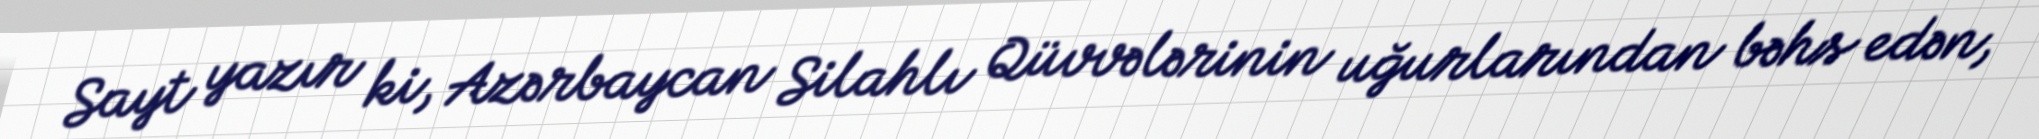
Sayt yazır ki, Azərbaycan Silahlı Qüvvələrinin uğurlarından bəhs edən,